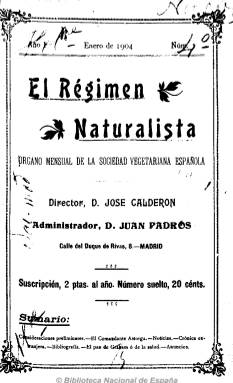
Título: El Régimen naturalista
Colección: Salud e higiene
Ámbito geográfico: Madrid
Lugar de publicación: Madrid
Fechas: 01/01/1904-31/12/1912

Órgano mensual de la Sociedad Vegetariana Española, tal como indica su subtítulo, dirigido por José Calderón, que, tras su fallecimiento en 1908, será sustituido por Juan López de Rego. El administrador de la publicación es Juan Pedrós, que será a la vez el presidente de la citada sociedad. La revista publicará trabajos de propaganda del movimiento vegetariano que ya contaba con numerosos partidarios, sociedades y periódicos en otros países europeos, como Alemania e Inglaterra, y que en España se dedicará a propagar las ideas de unas nuevas costumbres alimentarias y del movimiento comercial en torno a las mismas del abate alemán Sebastián Kneipp.

Incluye artículos, estudios y comentarios sobre adelantos de higiene individual y pública, hábitos saludables contrarios a la alimentación carnívora, al consumo de alcohol y al tabaquismo, y a favor de la medicina y el arte culinario naturalista, con recetas de cocina, así como crónicas extranjeras, bibliografía, noticias, revista de prensa, variedades y anuncios comerciales. También una sección de consulta de los lectores.

De 16 páginas por número y gratis para los socios de la citada sociedad, al final de cada año incluye un índice de contenidos.